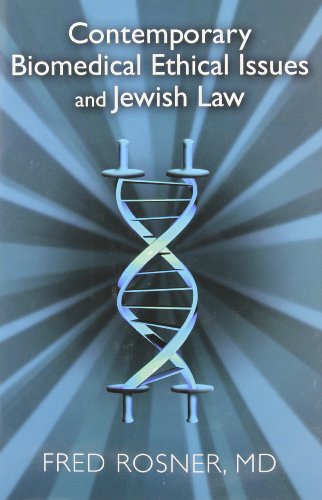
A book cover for Contemporary Biomedical Ethical Issues and Jewish Law; Fred Rosner; Law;